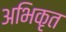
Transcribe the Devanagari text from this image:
अभिकृत